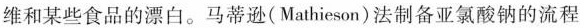
维和某些食品的漂白。马蒂逊(Mathieson)法制备亚氯酸钠的流程